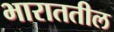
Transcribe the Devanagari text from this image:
भाराततील